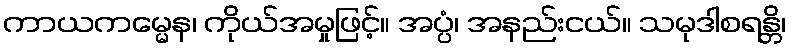
ကာယကမ္မေန၊ ကိုယ်အမှုဖြင့်။ အပ္ပံ၊ အနည်းငယ်။ သမုဒါစရန္တိ၊